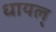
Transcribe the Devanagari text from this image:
धायल्